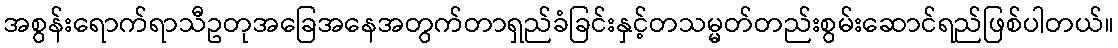
အစွန်းရောက်ရာသီဥတုအခြေအနေအတွက်တာရှည်ခံခြင်းနှင့်တသမ္မတ်တည်းစွမ်းဆောင်ရည်ဖြစ်ပါတယ်။